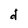
Character: d